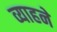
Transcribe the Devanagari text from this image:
व्याहने